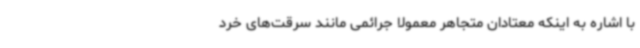
با اشاره به اینکه معتادان متجاهر معمولاً جرائمی مانند سرقت‌های خرد